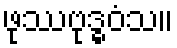
ဖုဿဗုဒ္ဓဝံသ။